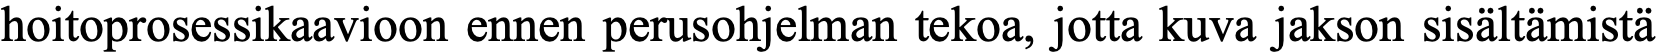
hoitoprosessikaavioon ennen perusohjelman tekoa, jotta kuva jakson sisältämistä